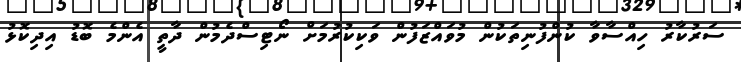
ސަރުކާރު ހިއްސާވާ ކުންފުނިތަކުން މުވައްޒަފުން ވަކިކުރުމަށް ނޯޓިސްދެމުން ދާތީ އެންމެ ބޮޑު އިދިކޮޅު